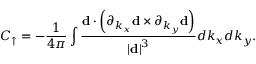
C _ { \uparrow } = - \frac { 1 } { 4 \pi } \int \frac { \mathbf { d } \cdot \left( \partial _ { k _ { x } } \mathbf { d } \times \partial _ { k _ { y } } \mathbf { d } \right) } { \left\vert \mathbf { d } \right\vert ^ { 3 } } d k _ { x } d k _ { y } .